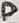
Text: D